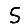
Digit: 5